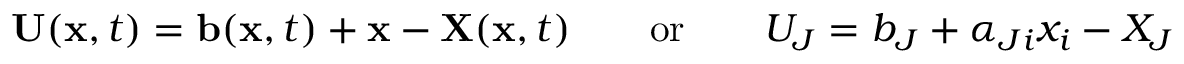
\ \mathbf { U } ( \mathbf { x } , t ) = \mathbf { b } ( \mathbf { x } , t ) + \mathbf { x } - \mathbf { X } ( \mathbf { x } , t ) \qquad { \mathrm { o r } } \qquad U _ { J } = b _ { J } + \alpha _ { J i } x _ { i } - X _ { J }